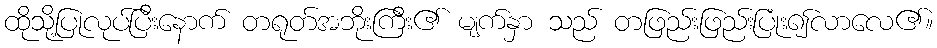
ထိုသို့ပြုလုပ်ပြီးနောက် တရုတ်အဘိုးကြီး၏ မျက်နှာ သည် တဖြည်းဖြည်းပြုံး၍လာလေ၏။